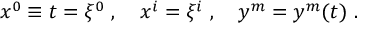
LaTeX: x ^ { 0 } \equiv t = \xi ^ { 0 } \ , \quad x ^ { i } = \xi ^ { i } \ , \quad y ^ { m } = y ^ { m } ( t ) \ .